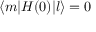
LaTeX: \langle m | H ( 0 ) | l \rangle = 0